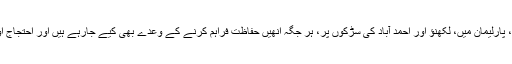
ٹی وی چینلوں پر، پارلیمان میں، لکھنؤ اور احمد آباد کی سڑکوں پر، ہر جگہ انھیں حفاظت فراہم کرنے کے وعدے بھی کیے جارہے ہیں اور احتجاج اور مظاہرے بھی۔